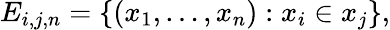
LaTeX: E_{i,j,n}=\{ (x_{1},\ldots,x_{n}):x_{i}\in x_{j}\} ,